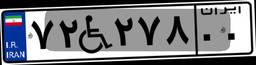
۷۲W۲۷۸۰۰